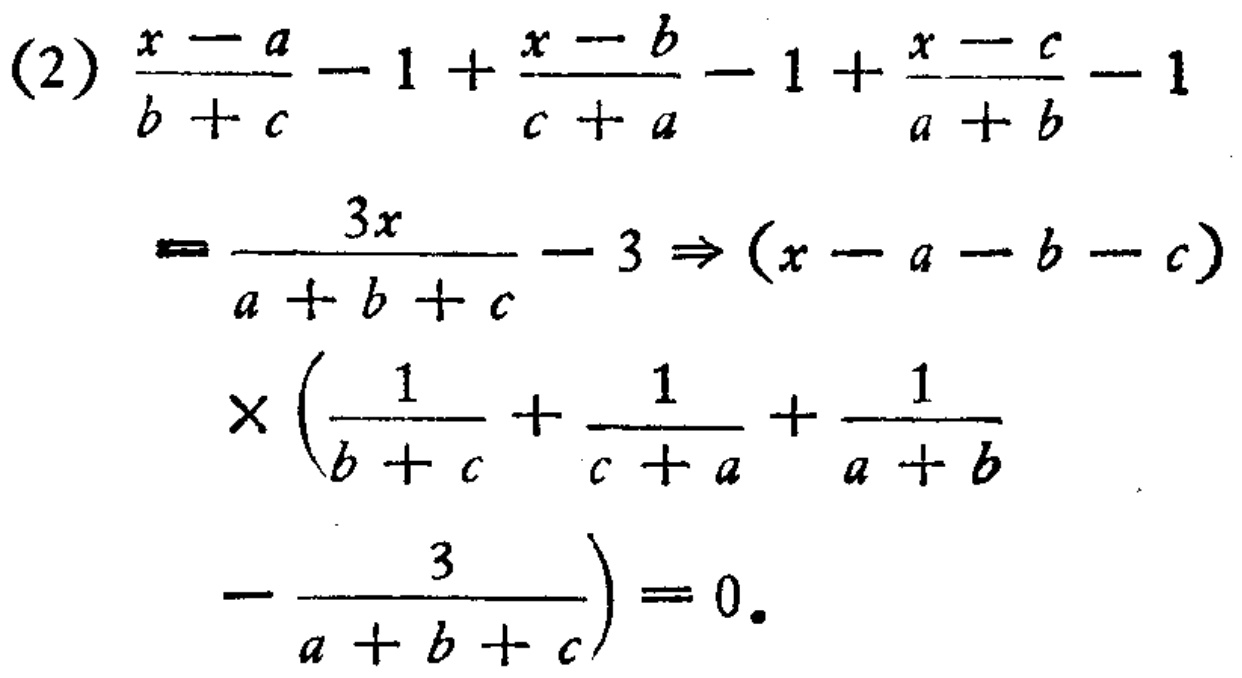
\begin{align*}
&(2)\ \frac{x - a}{b + c}-1+\frac{x - b}{c + a}-1+\frac{x - c}{a + b}-1\\
=&\frac{3x}{a + b + c}-3\Rightarrow(x - a - b - c)\\
&\times\left(\frac{1}{b + c}+\frac{1}{c + a}+\frac{1}{a + b}-\frac{3}{a + b + c}\right)=0.
\end{align*}